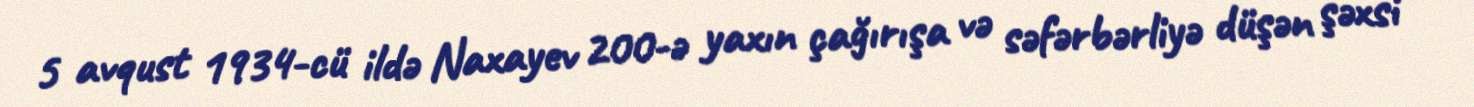
5 avqust 1934-cü ildə Naxayev 200-ə yaxın çağırışa və səfərbərliyə düşən şəxsi